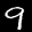
Label: 9